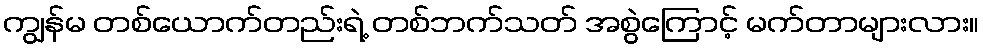
ကျွန်မ တစ်ယောက်တည်းရဲ့ တစ်ဘက်သတ် အစွဲကြောင့် မက်တာများလား။